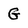
Character: G